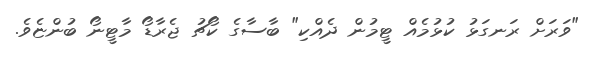
"ވަރަށް ރަނގަޅު ކުޅުމެއް ޓީމުން ދެއްކި" ބާސާގެ ކޯޗު ޖެރާޑޯ މާޓީނޯ ބުންޏެވެ.